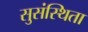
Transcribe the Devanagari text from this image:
सुसंस्थिता